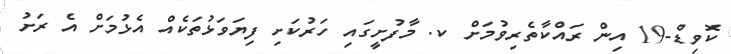
ކޮވިޑް-19 އިން ރައްކާތެރިވުމަށް ކ. މާފުށީގައި ހަރުކަށި ފިޔަވަޅުތަކެއް އެޅުމަށް އެ ރަށު